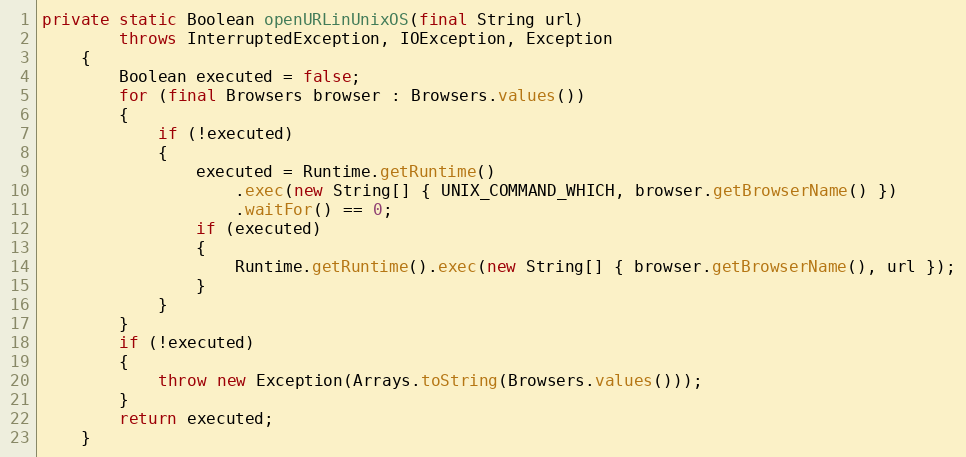
Language: Java
private static Boolean openURLinUnixOS(final String url)
		throws InterruptedException, IOException, Exception
	{
		Boolean executed = false;
		for (final Browsers browser : Browsers.values())
		{
			if (!executed)
			{
				executed = Runtime.getRuntime()
					.exec(new String[] { UNIX_COMMAND_WHICH, browser.getBrowserName() })
					.waitFor() == 0;
				if (executed)
				{
					Runtime.getRuntime().exec(new String[] { browser.getBrowserName(), url });
				}
			}
		}
		if (!executed)
		{
			throw new Exception(Arrays.toString(Browsers.values()));
		}
		return executed;
	}